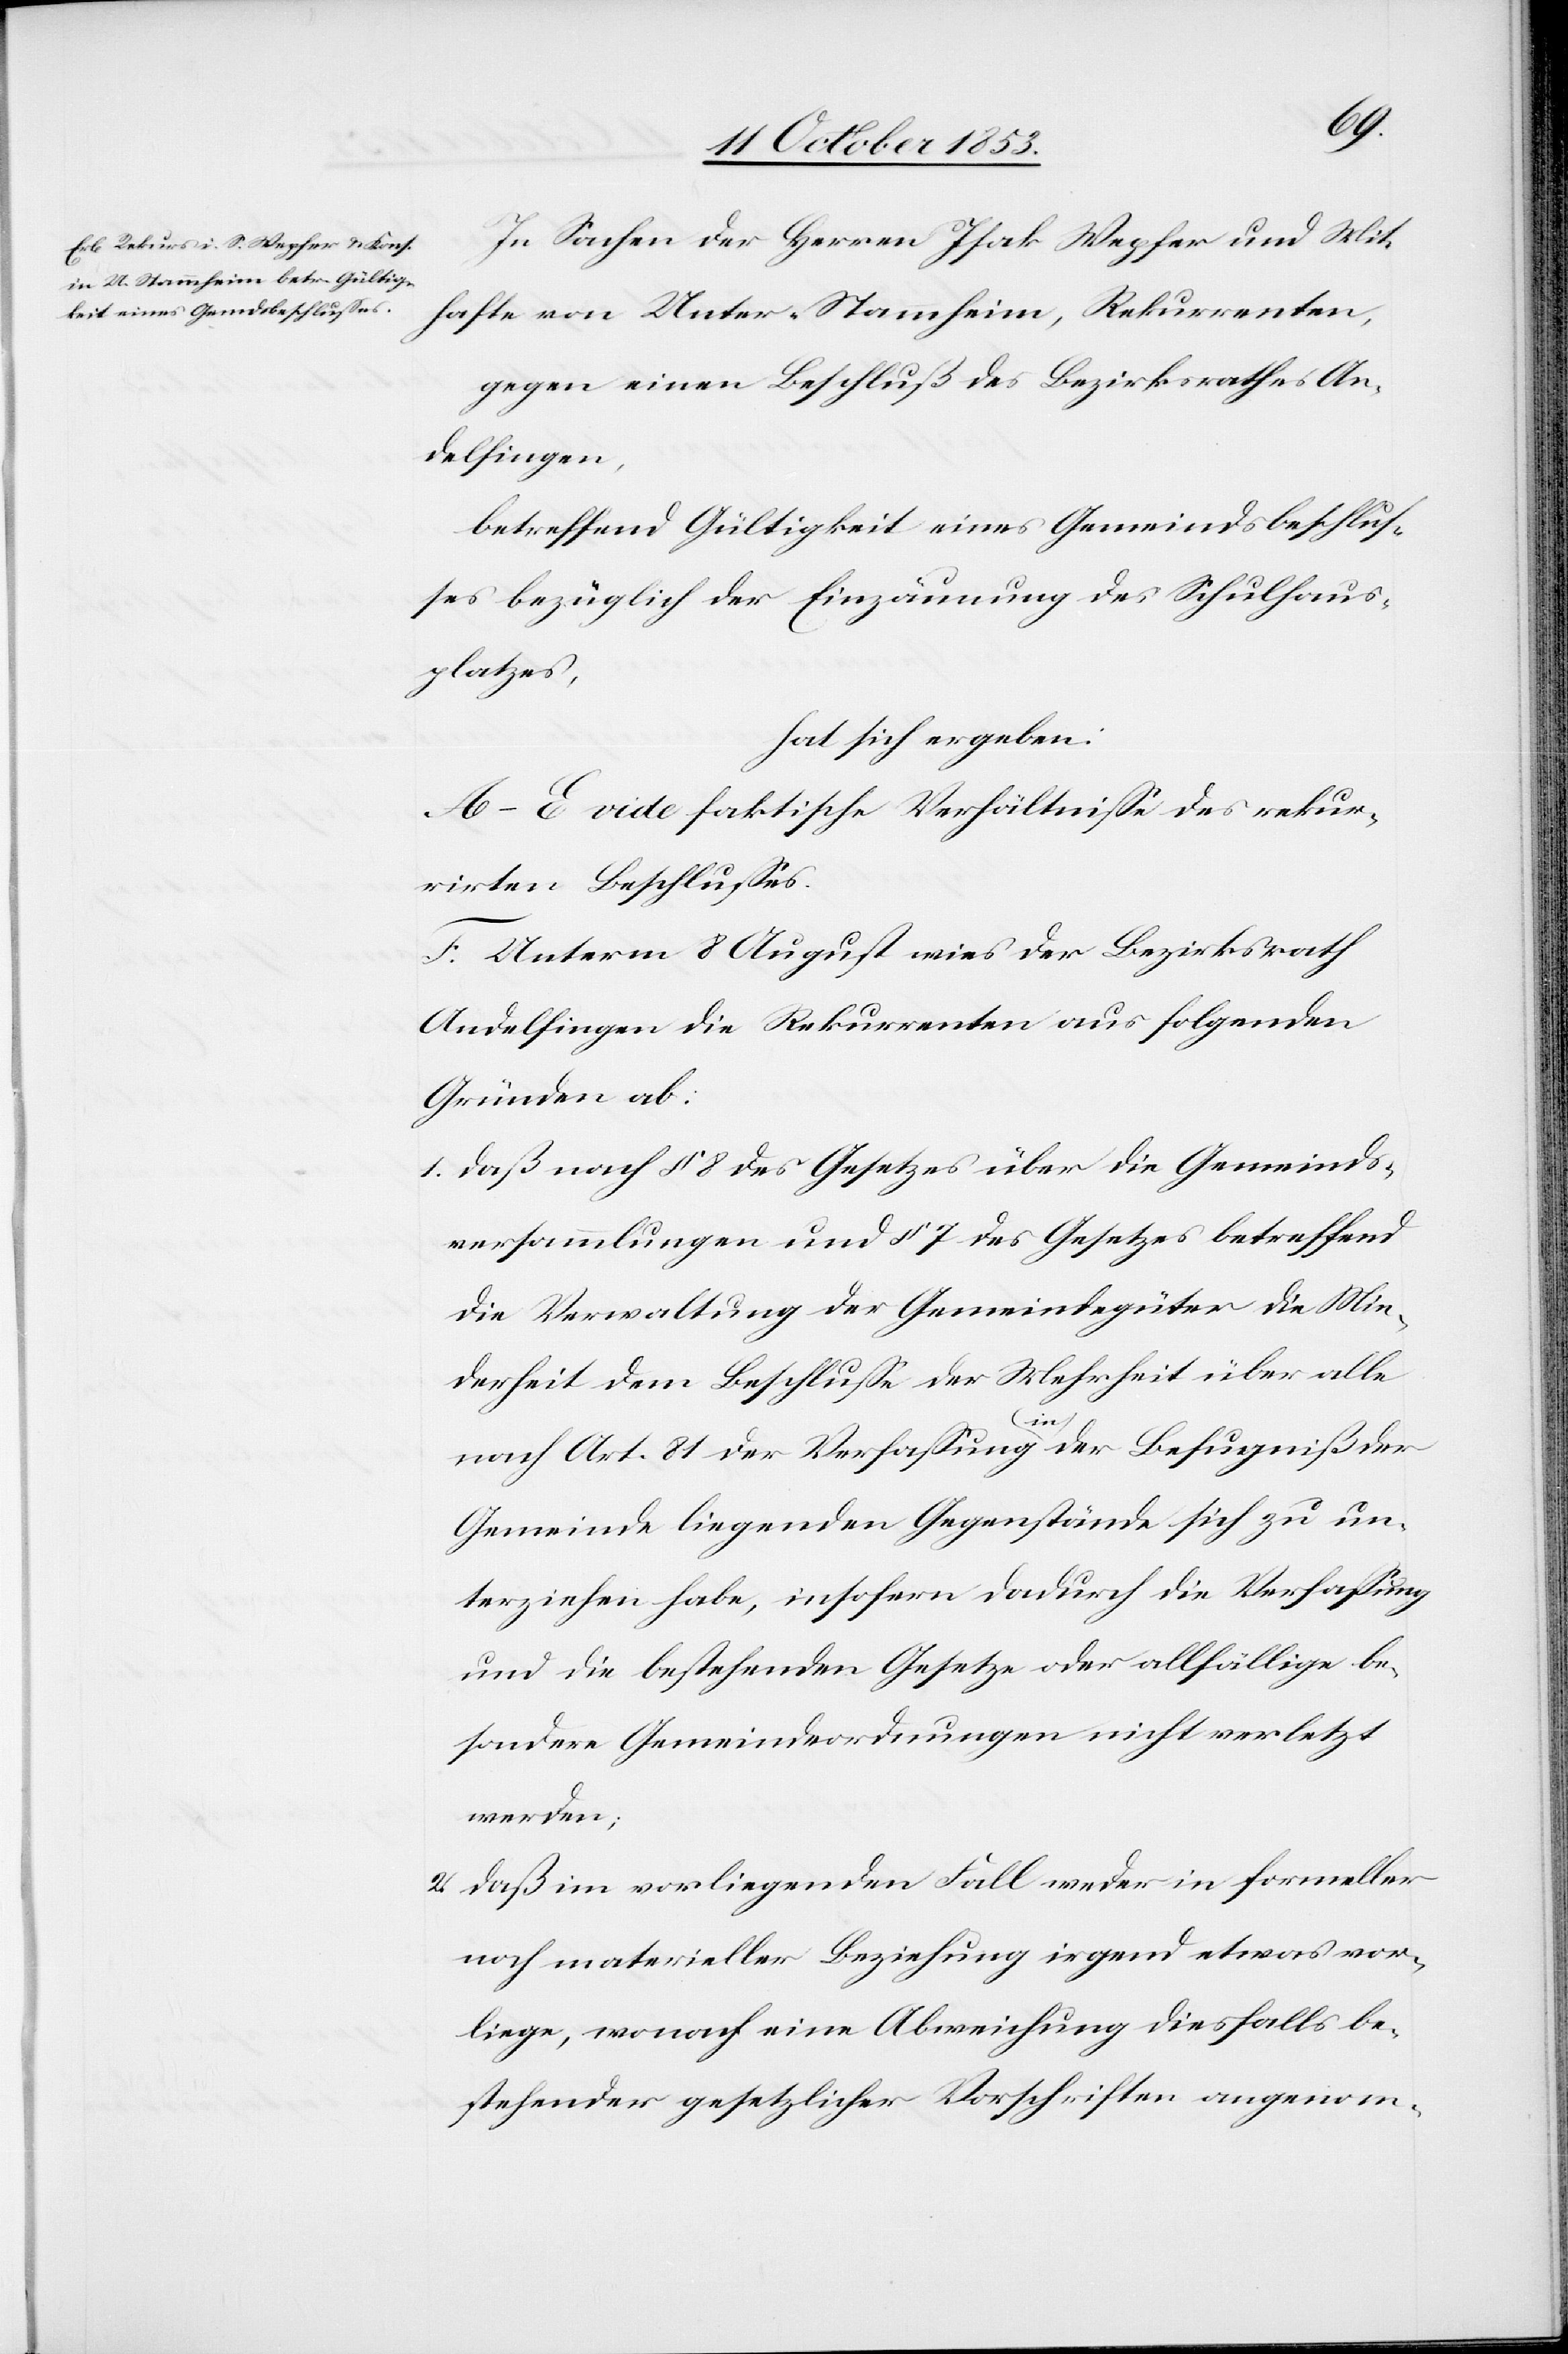
In Sachen der Herrn Isak Wepfer und Mit¬
hafte von Unter-Stammheim, Rekurrenten,
gegen einen Beschluß des Bezirksrathes An¬
delfingen,
betreffend Gültigkeit eines Gemeindsbeschluß¬
es bezüglich der Einzäunung des Schulhaus¬
platzes,
hat sich ergeben:
A–E vide faktische Verhältniße des rekur¬
rirten Beschlusses.
F. Unterm 8 August wies der Bezirksrath
Andelfingen die Rekurrenten aus folgenden
Gründen ab:
1. daß nach § 8 des Gesetzes über die Gemeinds¬
versammlungen und § 7 des Gesetzes betreffend
die Verwaltung der Gemeindsgüter die Min¬
derheit dem Beschluße der Mehrheit über alle
nach Art. 81 der Verfaßung in der Befugniß der
Gemeinde liegenden Gegenstände sich zu un¬
terziehen habe, insofern dadurch die Verfaßung
und die bestehenden Gesetze oder allfällige be¬
sondere Gemeindsordnungen nicht verletzt
werden;
2. daß im vorliegenden Fall weder in formeller
noch materieller Beziehung irgend etwas vor¬
liege, wonach eine Abweichung diesfalls be¬
stehender gesetzlicher Vorschriften angenom-